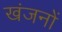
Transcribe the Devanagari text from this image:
खंजनों